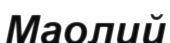
Маолий